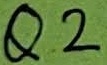
Text: Q2